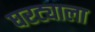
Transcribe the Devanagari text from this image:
घरट्याला